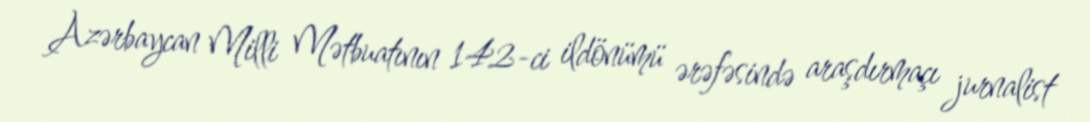
Azərbaycan Milli Mətbuatının 142-ci ildönümü ərəfəsində araşdırmaçı jurnalist